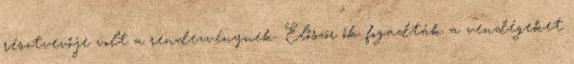
résztvevője volt a rendezvénynek. Először ők fogadták a vendégeket